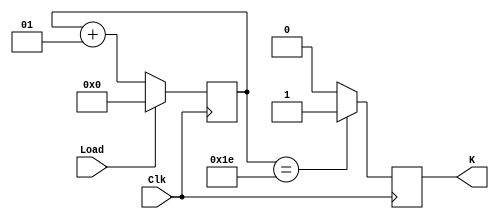
module Counter(
	output reg K,
	input Load,
	input Clk
);
	integer count;

	always @ (posedge Clk)
		begin
			if(Load)
				begin
					K <= 0;
					count <= 0;
				end	
			else
				begin
					count <= count+1;
				end
			
			if(count == 30)
				begin
					 K <= 1;
				end
			else
				begin
					 K <= 0;
				end
			
		end

endmodule